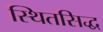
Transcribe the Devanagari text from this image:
स्थितसिद्ध